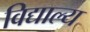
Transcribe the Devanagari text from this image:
विद्याल्य